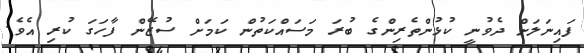
ފައިނަލަށް ދެވުނީ ކުޅުންތެރިންގެ ބުރަ މަސައްކަތުން ކަމަށް ސުޒޭން ފާހަގަ ކުރި އެވެ.